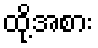
ထို့အစား